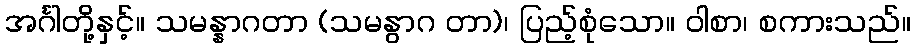
အင်္ဂါတို့နှင့်။ သမန္နာဂတာ (သမနွာဂ တာ)၊ ပြည့်စုံသော။ ဝါစာ၊ စကားသည်။